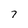
Character: 7